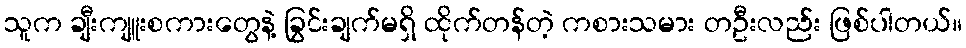
သူက ချီးကျူးစကားတွေနဲ့ ခြွင်းချက်မရှိ ထိုက်တန်တဲ့ ကစားသမား တဦးလည်း ဖြစ်ပါတယ်။